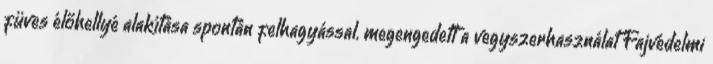
füves élőhellyé alakítása spontán felhagyással. megengedett a vegyszerhasználat Fajvédelmi